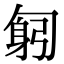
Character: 匑